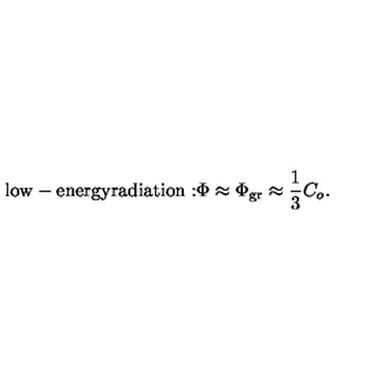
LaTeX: \mathrm { l o w - e n e r g y r a d i a t i o n : } \Phi \approx \Phi _ { \mathrm { g r } } \approx { \frac { 1 } { 3 } } C _ { o } .